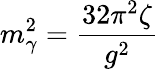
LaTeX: m_{\gamma}^{2}=\frac{32\pi^{2}\zeta}{g^{2}}